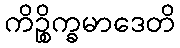
ကိဉ္စိက္ခမာဒေတိ